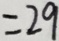
= 2 9